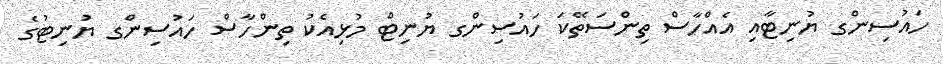
ހައުސިންގ ޔުނިޓާއި އެއްހާސް ތިންސަތޭކަ ހައުސިންގ ޔުނިޓް މުޅިއެކު ތިންހާސް ހައުސިންގ ޔުނިޓުގެ